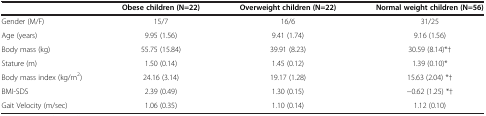
|  | Obese children (N=22) | Overweight children (N=22) | Normal weight children (N=56) |
 | --- | --- | --- | --- |
 | Gender (M/F) | 15/7 | 16/6 | 31/25 |
 | Age (years) | 9.95 (1.56) | 9.41 (1.74) | 9.16 (1.56) |
 | Body mass (kg) | 55.75 (15.84) | 39.91 (8.23) | 30.59 (8.14)*† |
 | Stature (m) | 1.50 (0.14) | 1.45 (0.12) | 1.39 (0.10)* |
 | Body mass index (kg/m2) | 24.16 (3.14) | 19.17 (1.28) | 15.63 (2.04) *† |
 | BMI-SDS | 2.39 (0.49) | 1.30 (0.15) | −0.62 (1.25) *† |
 | Gait Velocity (m/sec) | 1.06 (0.35) | 1.10 (0.14) | 1.12 (0.10) |